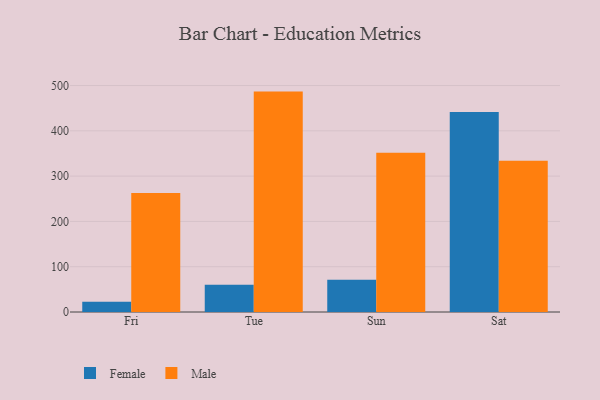
{"axis": {"x": "Day", "y": "Headcount"}, "legend": ["Female", "Male"], "data": [{"x": "Fri", "y": 22.5, "type": "Female"}, {"x": "Fri", "y": 263.0, "type": "Male"}, {"x": "Tue", "y": 60.3, "type": "Female"}, {"x": "Tue", "y": 486.6, "type": "Male"}, {"x": "Sun", "y": 71.0, "type": "Female"}, {"x": "Sun", "y": 351.6, "type": "Male"}, {"x": "Sat", "y": 441.3, "type": "Female"}, {"x": "Sat", "y": 334.0, "type": "Male"}]}